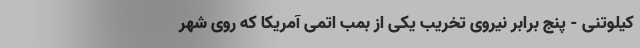
کیلوتنی - پنج برابر نیروی تخریب یکی از بمب اتمی آمریکا که روی شهر